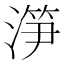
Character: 𣺱